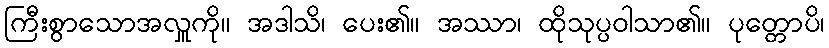
ကြီးစွာသောအလှူကို။ အဒါသိ၊ ပေး၏။ အဿာ၊ ထိုသုပ္ပဝါသာ၏။ ပုတ္တောပိ၊